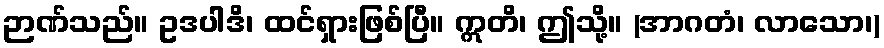
ဉာဏ်သည်။ ဥဒပါဒိ၊ ထင်ရှားဖြစ်ပြီ။ ဣတိ၊ ဤသို့။ (အာဂတံ၊ လာသော၊)